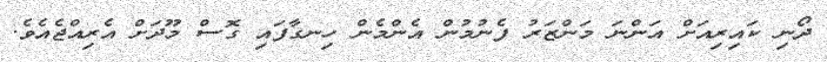
ދޯނި ކައިރިއަށް އަންނަ މަންޒަރު ފެނުމުން އެންމެން ހިނގާފައި ގޮސް މޫދަށް އެރިއްޖެއެވެ.